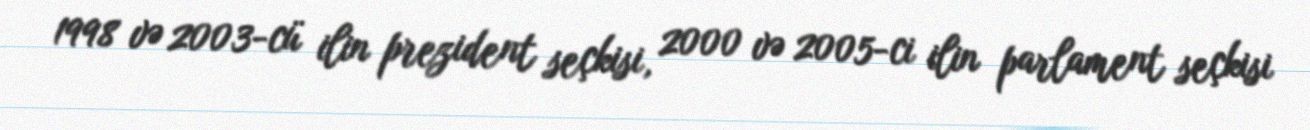
1998 və 2003-cü ilin prezident seçkisi, 2000 və 2005-ci ilin parlament seçkisi